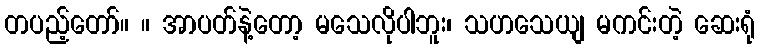
တပည့်တော်။ ။ အာပတ်နဲ့တော့ မသေလိုပါဘူး၊ သဟသေယျ မကင်းတဲ့ ဆေးရုံ